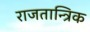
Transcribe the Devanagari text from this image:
राजतान्त्रिक